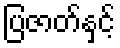
ပြဇာတ်နှင့်